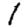
Digit: 1